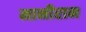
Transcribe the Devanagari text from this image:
मानीराम